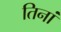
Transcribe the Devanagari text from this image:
तिनां